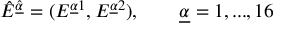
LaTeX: \hat { E } ^ { \hat { \underline { { { \alpha } } } } } = ( E ^ { \underline { { { \alpha } } } 1 } , E ^ { { \underline { { { \alpha } } } } 2 } ) , \qquad { \underline { { { \alpha } } } } = 1 , . . . , 1 6